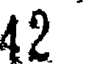
42